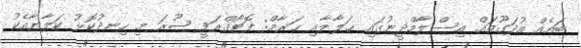
ބައެއް އުދަގޫތައް އިސްލާމްދީނުގައި ޙަލާލާއި ޙަރާމް: ފޮޓޯގްރަފީ ޞޫރަ މި ހިނދުކޮޅު ކަލާޔާއެކު